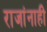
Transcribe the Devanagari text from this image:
राजांनाही